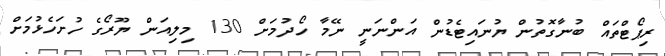
ރިޕޯޓްތައް ބުނާގޮތުން ޔުނައިޓެޑުން އަންނަނީ ނޭމާ ހޯދުމަށް 130 މިލިއަން ޔޫރޯގެ ހުށަހެޅުމަށް